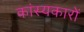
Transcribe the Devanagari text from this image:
कांस्यकारों